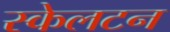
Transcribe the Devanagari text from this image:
स्केलटन